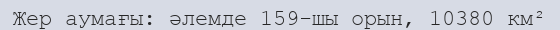
Жер аумағы: әлемде 159-шы орын, 10380 км²